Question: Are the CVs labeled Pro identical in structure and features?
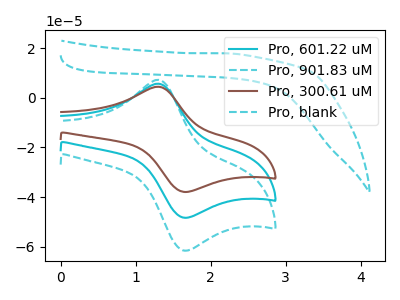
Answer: <think>The cyan curve "Pro, 601.22 uM" has an anodic peak at (1.30V, 5.70uA) and a cathodic peak at (1.65V, -48.25uA). The cyan dashed curve "Pro, 901.83 uM" has an anodic peak at (1.30V, 11.40uA) and a cathodic peak at (1.65V, -96.50uA). The brown curve "Pro, 300.61 uM" has an anodic peak at (1.30V, 4.45uA) and a cathodic peak at (1.65V, -37.85uA). The cyan dashed curve "Pro, blank" has no peaks.
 All the peaks in "Pro, 601.22 uM" have a peak in "Pro, 901.83 uM" at the same potential. Every peak in "Pro, 601.22 uM" is lower than every peak in "Pro, 901.83 uM". All the peaks in "Pro, 601.22 uM" have a peak in "Pro, 300.61 uM" at the same potential. Every peak in "Pro, 601.22 uM" is higher than every peak in "Pro, 300.61 uM". "Pro, 601.22 uM" and "Pro, blank" have a different number of peaks. All the peaks in "Pro, 901.83 uM" have a peak in "Pro, 300.61 uM" at the same potential. Every peak in "Pro, 901.83 uM" is higher than every peak in "Pro, 300.61 uM". "Pro, 901.83 uM" and "Pro, blank" have a different number of peaks. "Pro, 300.61 uM" and "Pro, blank" have a different number of peaks.</think>
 <answer>All the CV's of "Pro" have similar shape.</answer>
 <eval>follow_rule</eval>